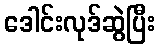
ဒေါင်းလုဒ်ဆွဲပြီး